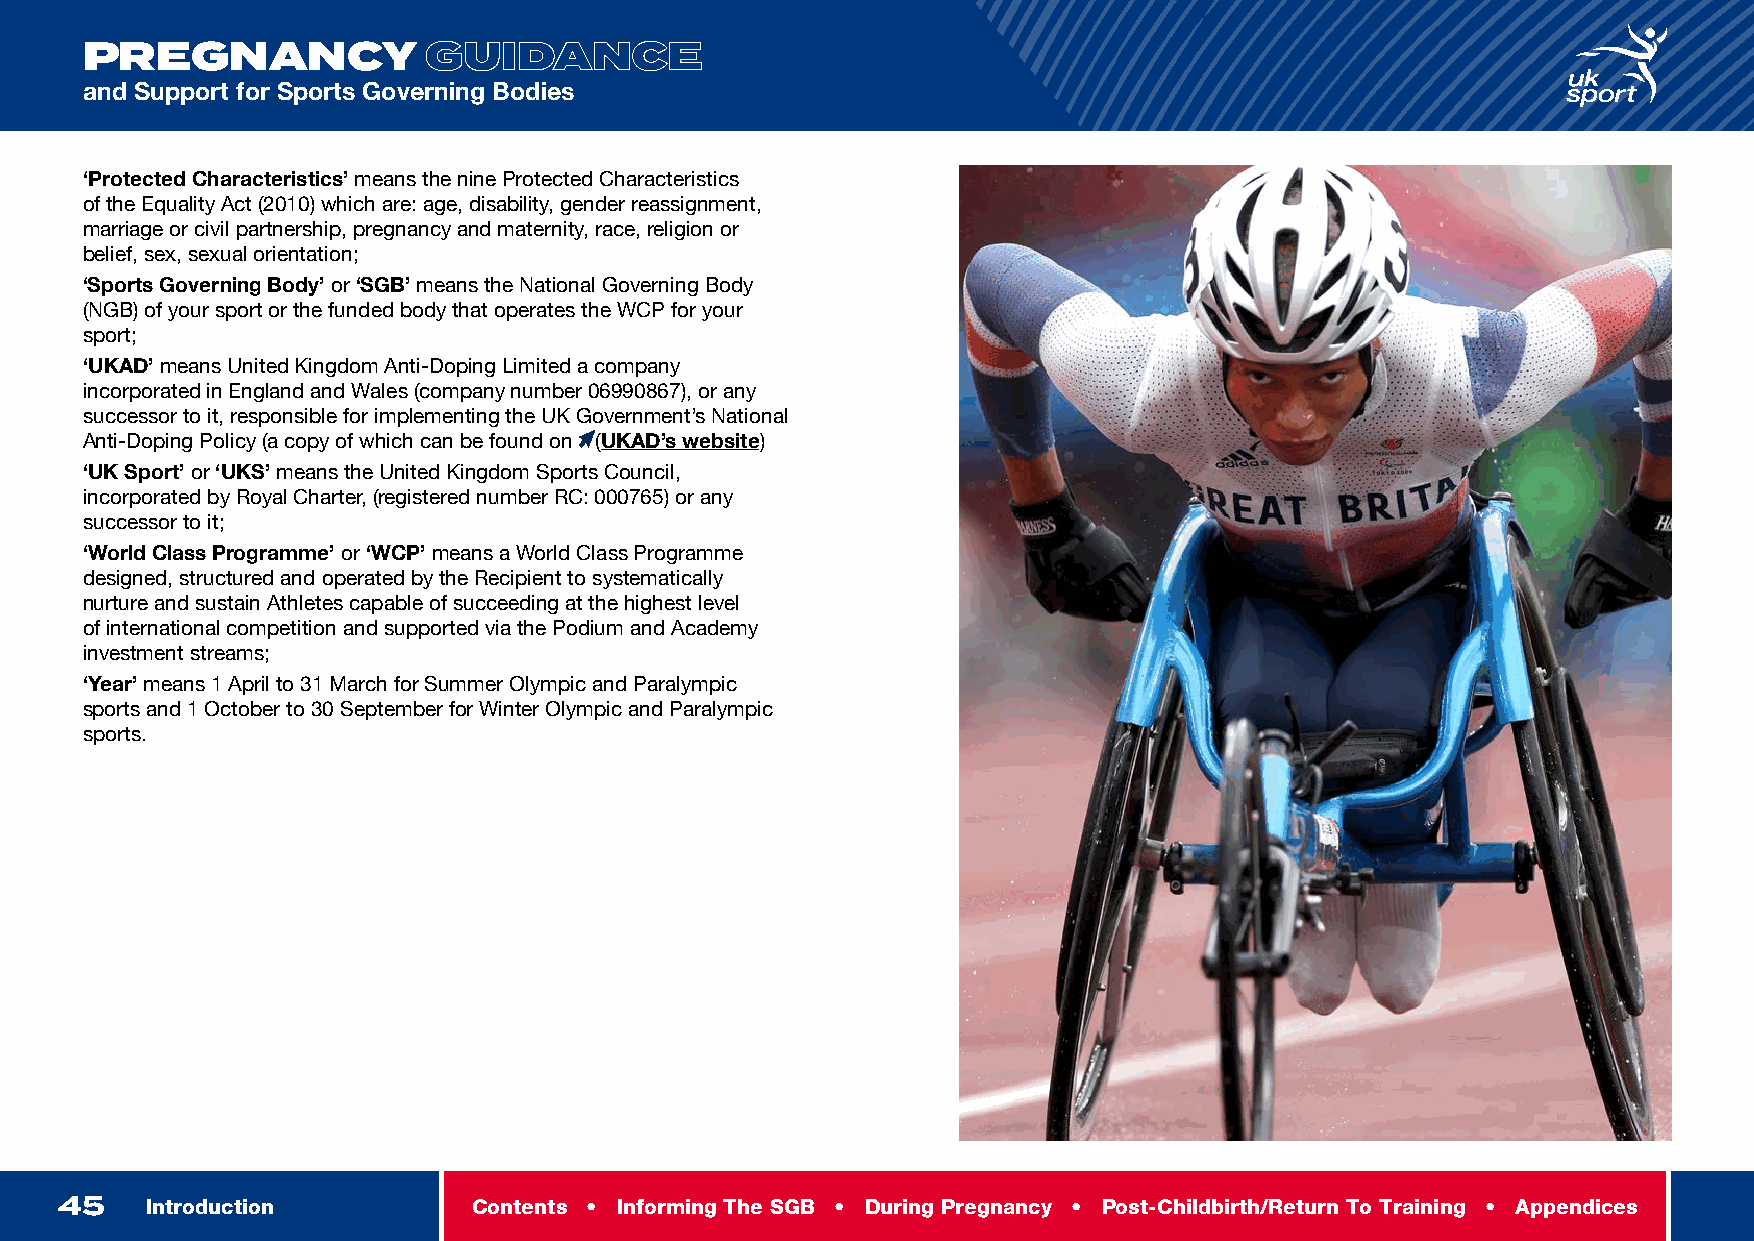
INTRODUCTION
 PREGNANCY              GUIDANCE
 and Support for Sports Governing Bodies
 ‘Protected Characteristics’ means the nine Protected Characteristics
 of the Equality Act (2010) which are: age, disability, gender reassignment,
 marriage or civil partnership, pregnancy and maternity, race, religion or
 belief, sex, sexual orientation;
 ‘Sports Governing Body’ or ‘SGB’ means the National Governing Body
 (NGB) of your sport or the funded body that operates the WCP for your
 sport;
 ‘UKAD’ means United Kingdom Anti-Doping Limited a company
 incorporated in England and Wales (company number 06990867), or any
 successor to it, responsible for implementing the UK Government’s National
 Anti-Doping Policy (a copy of which can be found on (UKAD’s website)
 ‘UK Sport’ or ‘UKS’ means the United Kingdom Sports Council,
 incorporated by Royal Charter, (registered number RC: 000765) or any
 successor to it;
 ‘World Class Programme’ or ‘WCP’ means a World Class Programme
 designed, structured and operated by the Recipient to systematically
 nurture and sustain Athletes capable of succeeding at the highest level
 of international competition and supported via the Podium and Academy
 investment streams;
 ‘Year’ means 1 April to 31 March for Summer Olympic and Paralympic
 sports and 1 October to 30 September for Winter Olympic and Paralympic
 sports.
 45    Introduction         Contents • Informing The SGB • During Pregnancy • Post-Childbirth/Return To Training • Appendices